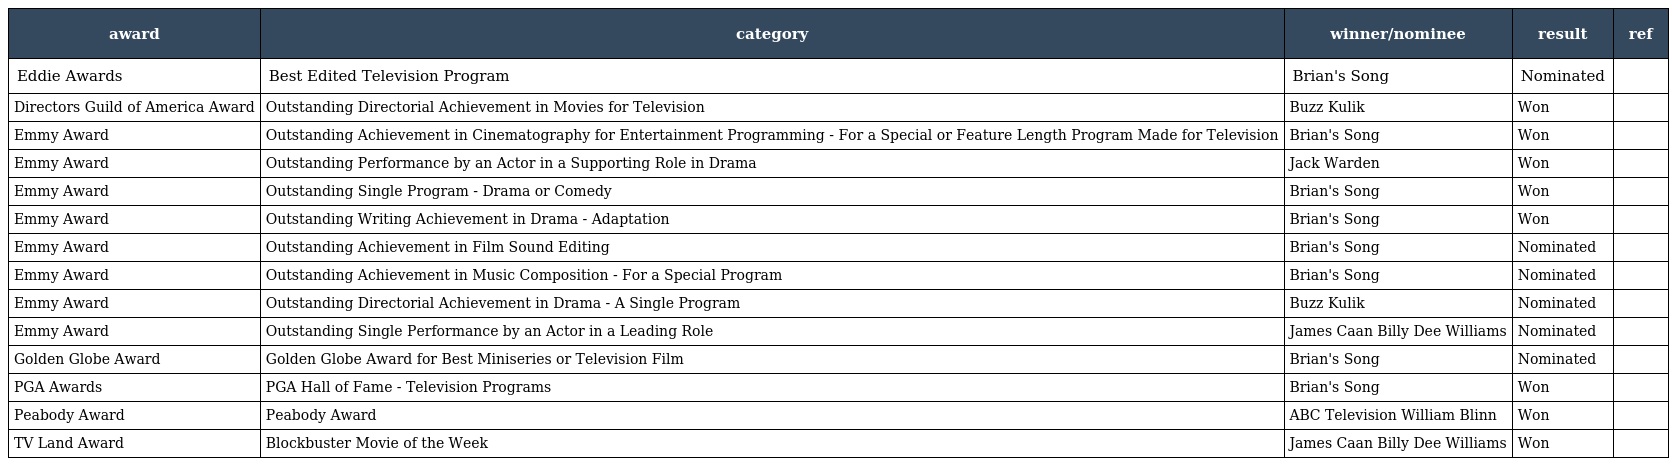
| award | category | winner/nominee | result | ref |
 | --- | --- | --- | --- | --- |
 | Eddie Awards | Best Edited Television Program | Brian's Song | Nominated |  |
 | Directors Guild of America Award | Outstanding Directorial Achievement in Movies for Television | Buzz Kulik | Won |  |
 | Emmy Award | Outstanding Achievement in Cinematography for Entertainment Programming - For a Special or Feature Length Program Made for Television | Brian's Song | Won |  |
 | Emmy Award | Outstanding Performance by an Actor in a Supporting Role in Drama | Jack Warden | Won |  |
 | Emmy Award | Outstanding Single Program - Drama or Comedy | Brian's Song | Won |  |
 | Emmy Award | Outstanding Writing Achievement in Drama - Adaptation | Brian's Song | Won |  |
 | Emmy Award | Outstanding Achievement in Film Sound Editing | Brian's Song | Nominated |  |
 | Emmy Award | Outstanding Achievement in Music Composition - For a Special Program | Brian's Song | Nominated |  |
 | Emmy Award | Outstanding Directorial Achievement in Drama - A Single Program | Buzz Kulik | Nominated |  |
 | Emmy Award | Outstanding Single Performance by an Actor in a Leading Role | James Caan Billy Dee Williams | Nominated |  |
 | Golden Globe Award | Golden Globe Award for Best Miniseries or Television Film | Brian's Song | Nominated |  |
 | PGA Awards | PGA Hall of Fame - Television Programs | Brian's Song | Won |  |
 | Peabody Award | Peabody Award | ABC Television William Blinn | Won |  |
 | TV Land Award | Blockbuster Movie of the Week | James Caan Billy Dee Williams | Won |  |